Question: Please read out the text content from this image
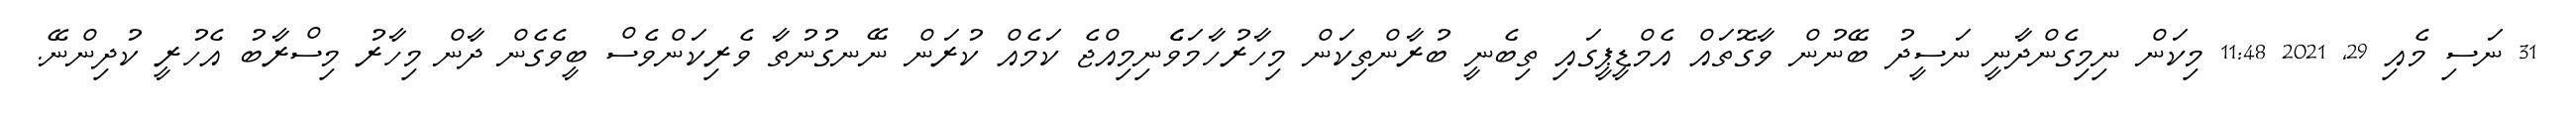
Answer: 31 ނަސި މެއި 29, 2021 11:48 މިކަން ނިމިގެންދާނީ ނަސީދު ބޭނުން ވާގޮތައް އެމްޑީޕީގައި ތިބެނީ ބުރާންތިކަން މިހާރުހާމަވެެނިމިއްޖެ ކަމެއް ކުރަން ނޭނގުނުތާ ވެރިކަންވެސް ބީވެގެން ދާން މިހާރު މިސްރާބު އެހުރީ ކުދިންނޭ.